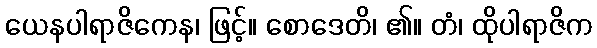
ယေနပါရာဇိကေန၊ ဖြင့်။ စောဒေတိ၊ ၏။ တံ၊ ထိုပါရာဇိက